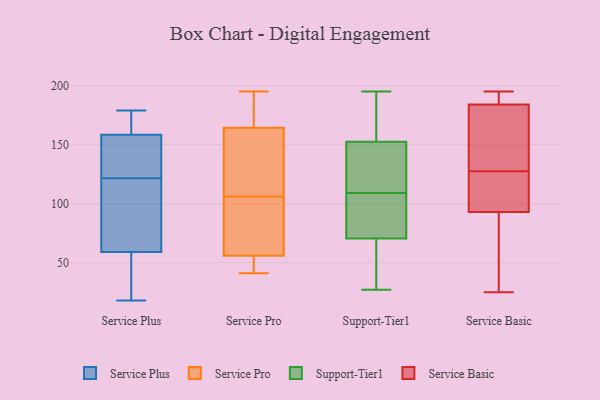
{"axis": {"x": "Inventory Turnover", "y": "Value"}, "legend": ["Service Basic", "Service Plus", "Service Pro", "Support-Tier1"], "data": [{"x": "", "y": 79, "type": "Service Plus"}, {"x": "", "y": 150, "type": "Service Plus"}, {"x": "", "y": 114, "type": "Service Plus"}, {"x": "", "y": 179, "type": "Service Plus"}, {"x": "", "y": 36, "type": "Service Plus"}, {"x": "", "y": 18, "type": "Service Plus"}, {"x": "", "y": 152, "type": "Service Plus"}, {"x": "", "y": 52, "type": "Service Plus"}, {"x": "", "y": 129, "type": "Service Plus"}, {"x": "", "y": 165, "type": "Service Plus"}, {"x": "", "y": 165, "type": "Service Plus"}, {"x": "", "y": 66, "type": "Service Plus"}, {"x": "", "y": 173, "type": "Service Pro"}, {"x": "", "y": 195, "type": "Service Pro"}, {"x": "", "y": 138, "type": "Service Pro"}, {"x": "", "y": 114, "type": "Service Pro"}, {"x": "", "y": 135, "type": "Service Pro"}, {"x": "", "y": 55, "type": "Service Pro"}, {"x": "", "y": 49, "type": "Service Pro"}, {"x": "", "y": 195, "type": "Service Pro"}, {"x": "", "y": 58, "type": "Service Pro"}, {"x": "", "y": 43, "type": "Service Pro"}, {"x": "", "y": 106, "type": "Service Pro"}, {"x": "", "y": 180, "type": "Service Pro"}, {"x": "", "y": 69, "type": "Service Pro"}, {"x": "", "y": 41, "type": "Service Pro"}, {"x": "", "y": 86, "type": "Service Pro"}, {"x": "", "y": 27, "type": "Support-Tier1"}, {"x": "", "y": 45, "type": "Support-Tier1"}, {"x": "", "y": 112, "type": "Support-Tier1"}, {"x": "", "y": 102, "type": "Support-Tier1"}, {"x": "", "y": 109, "type": "Support-Tier1"}, {"x": "", "y": 195, "type": "Support-Tier1"}, {"x": "", "y": 130, "type": "Support-Tier1"}, {"x": "", "y": 166, "type": "Support-Tier1"}, {"x": "", "y": 77, "type": "Support-Tier1"}, {"x": "", "y": 148, "type": "Support-Tier1"}, {"x": "", "y": 143, "type": "Support-Tier1"}, {"x": "", "y": 187, "type": "Support-Tier1"}, {"x": "", "y": 173, "type": "Support-Tier1"}, {"x": "", "y": 84, "type": "Support-Tier1"}, {"x": "", "y": 69, "type": "Support-Tier1"}, {"x": "", "y": 37, "type": "Support-Tier1"}, {"x": "", "y": 71, "type": "Support-Tier1"}, {"x": "", "y": 182, "type": "Service Basic"}, {"x": "", "y": 38, "type": "Service Basic"}, {"x": "", "y": 151, "type": "Service Basic"}, {"x": "", "y": 99, "type": "Service Basic"}, {"x": "", "y": 98, "type": "Service Basic"}, {"x": "", "y": 184, "type": "Service Basic"}, {"x": "", "y": 139, "type": "Service Basic"}, {"x": "", "y": 148, "type": "Service Basic"}, {"x": "", "y": 93, "type": "Service Basic"}, {"x": "", "y": 112, "type": "Service Basic"}, {"x": "", "y": 25, "type": "Service Basic"}, {"x": "", "y": 116, "type": "Service Basic"}, {"x": "", "y": 188, "type": "Service Basic"}, {"x": "", "y": 190, "type": "Service Basic"}, {"x": "", "y": 85, "type": "Service Basic"}, {"x": "", "y": 195, "type": "Service Basic"}, {"x": "", "y": 48, "type": "Service Basic"}, {"x": "", "y": 190, "type": "Service Basic"}]}